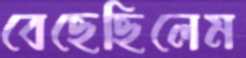
বেছেছিলেম